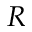
R